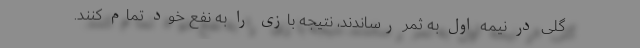
گلی در نیمه اول به ثمر رساندند، نتیجه بازی را به نفع خود تمام کنند.